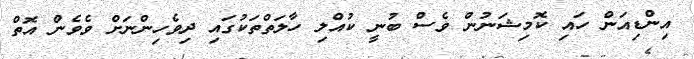
އިންޑިއަން ހައި ކޮމިޝަނުން ވެސް ބުނީ ކުއްލި ހާލަތްތަކުގައި ދިވެހިންނަށް ވެވެން އޮތް